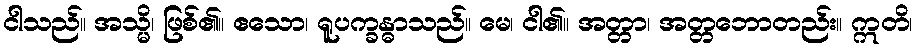
ငါသည်။ အသ္မိ၊ ဖြစ်၏။ ဧသော၊ ရူပက္ခန္ဓာသည်။ မေ၊ ငါ၏။ အတ္တာ၊ အတ္တဘောတည်း။ ဣတိ၊